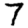
Digit: 7